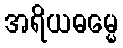
အရိယဓမ္မေ